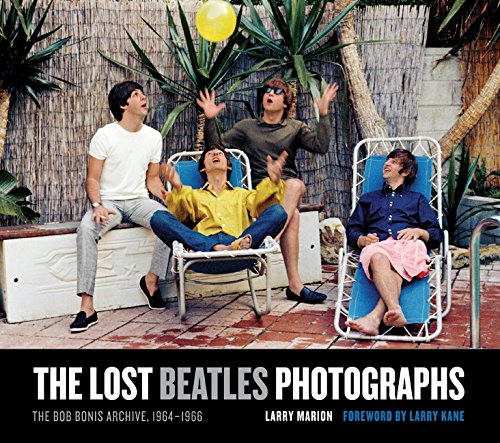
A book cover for The Lost Beatles Photographs: The Bob Bonis Archive, 1964-1966; Larry Marion; Humor & Entertainment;